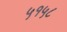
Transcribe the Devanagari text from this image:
५१५८